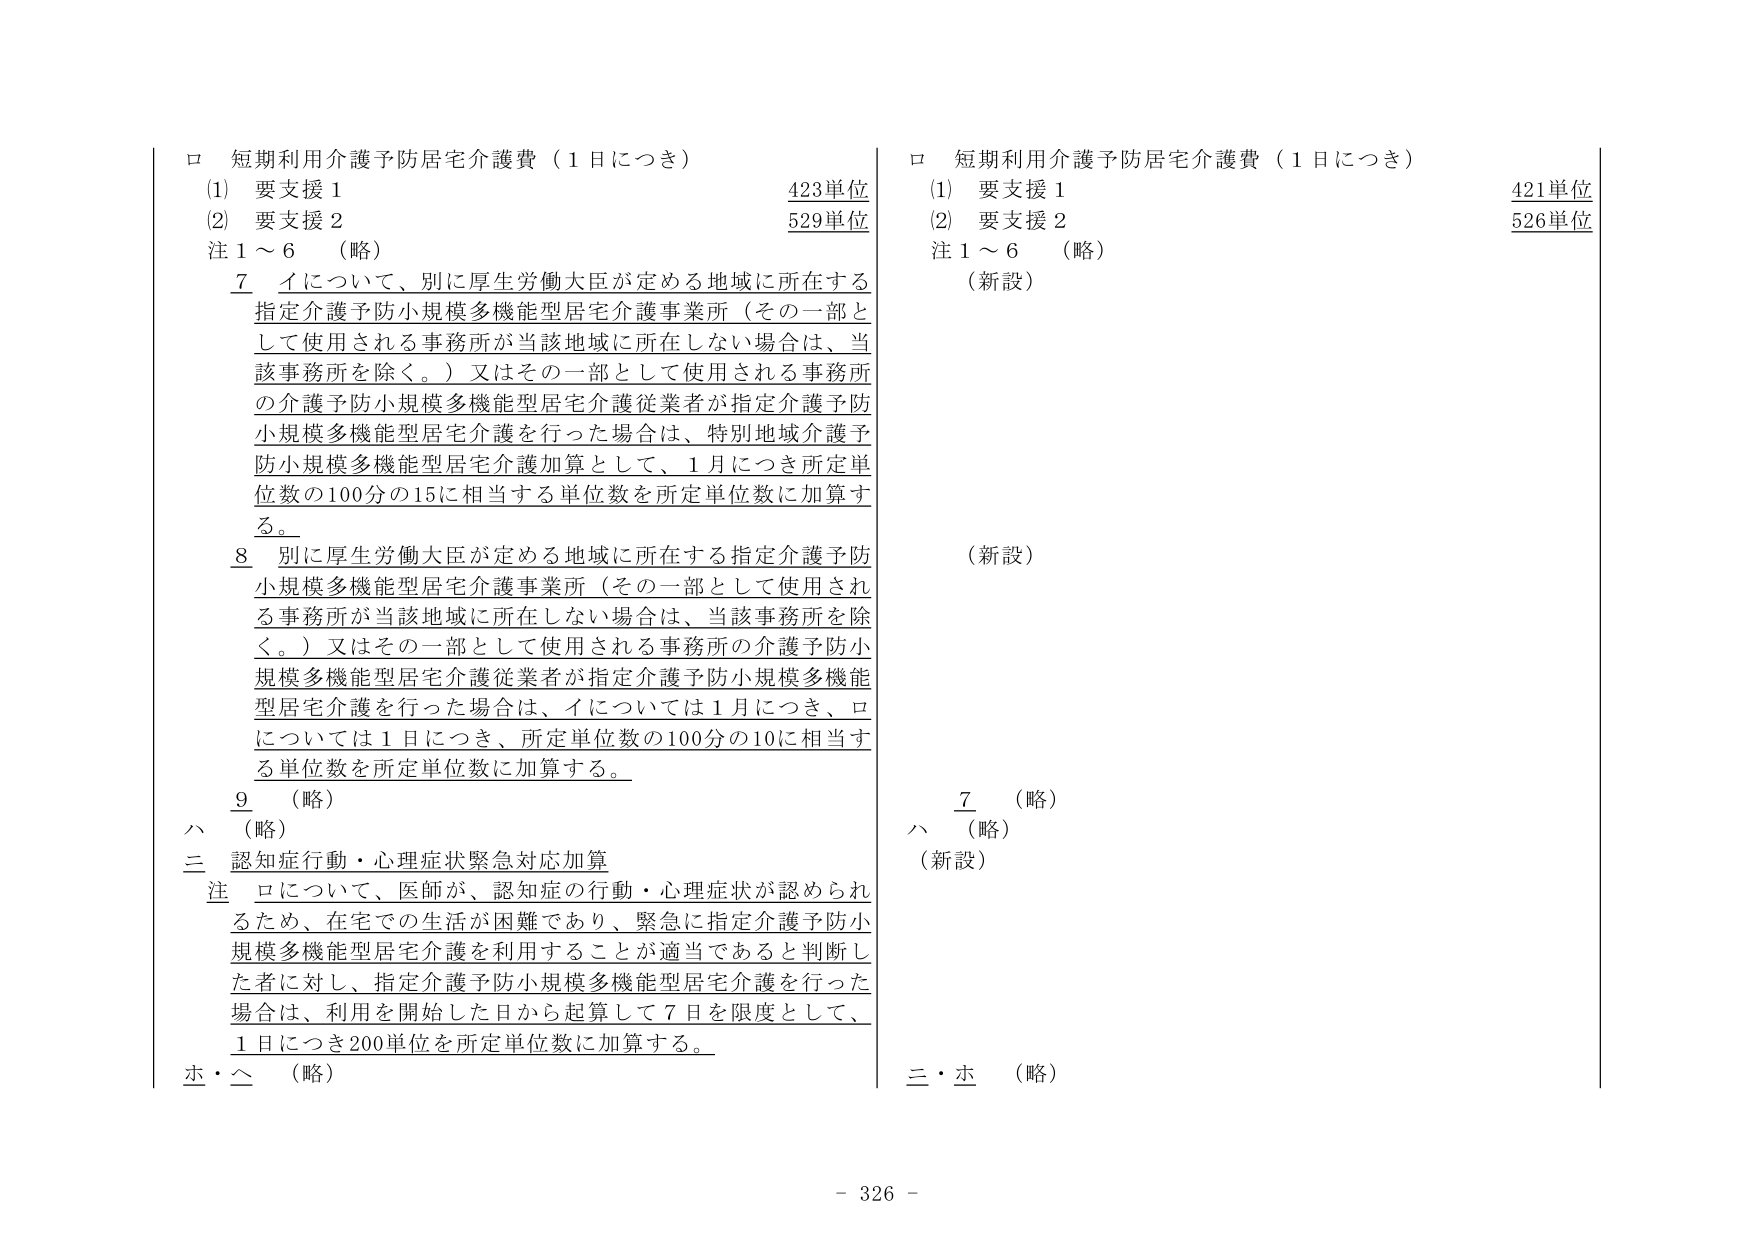
ロ 短期利用介護予防居宅介護費（1日につき）
(1) 要支援1 423単位
(2) 要支援2 529単位
注1～6 （略）
7 イについて、別に厚生労働大臣が定める地域に所在する
指定介護予防小規模多機能型居宅介護事業所（その一部と
して使用される事務所が当該地域に所在しない場合は、当
該事務所を除く。）又はその一部として使用される事務所
の介護予防小規模多機能型居宅介護従業者が指定介護予防
小規模多機能型居宅介護を行った場合は、特別地域介護予
防小規模多機能型居宅介護加算として、1月につき所定単
位数の100分の15に相当する単位数を所定単位数に加算す
る。
8 別に厚生労働大臣が定める地域に所在する指定介護予防
小規模多機能型居宅介護事業所（その一部として使用され
る事務所が当該地域に所在しない場合は、当該事務所を除
く。）又はその一部として使用される事務所の介護予防小
規模多機能型居宅介護従業者が指定介護予防小規模多機能
型居宅介護を行った場合は、イについては1月につき、ロ
については1日につき、所定単位数の100分の10に相当す
る単位数を所定単位数に加算する。
9 （略）
ハ （略）
三 認知症行動・心理症状緊急対応加算
注 ロについて、医師が、認知症の行動・心理症状が認められ
るため、在宅での生活が困難であり、緊急に指定介護予防小
規模多機能型居宅介護を利用することが適当であると判断し
た者に対し、指定介護予防小規模多機能型居宅介護を行った
場合は、利用を開始した日から起算して7日を限度として、
1日につき200単位を所定単位数に加算する。
ホ・ヘ （略）

ロ 短期利用介護予防居宅介護費（1日につき）
(1) 要支援1 421単位
(2) 要支援2 526単位
注1～6 （略）
（新設）
（新設）
7 （略）
ハ （略）
（新設）
三・ホ （略）

- 326 -